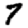
Digit: 7